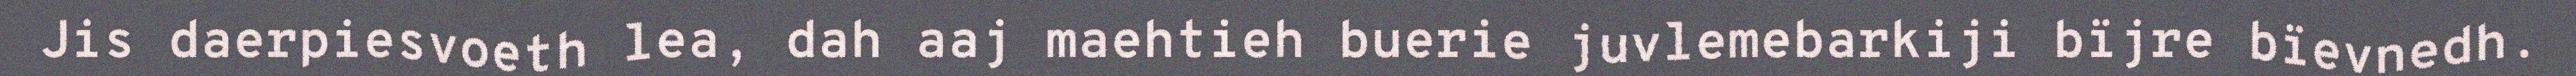
Jis daerpiesvoeth lea, dah aaj maehtieh buerie juvlemebarkiji bïjre bïevnedh.